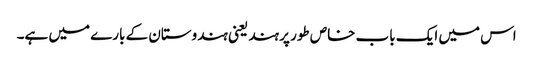
اس میں ایک باب خاص طور پر ہند یعنی ہندوستان کے بارے میں ہے۔